画像に写った文字を読んでください
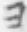
「ヨ」と書いてあります